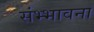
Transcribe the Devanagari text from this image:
संभ्भावना